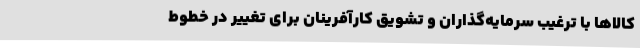
کالاها با ترغیب سرمایه‌گذاران و تشویق کارآفرینان برای تغییر در خطوط